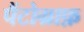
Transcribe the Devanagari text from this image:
पैंटोग्राफ़